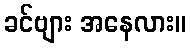
ခင်ဗျား အနေလား။